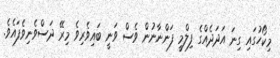
މިކޯހުގައި ގިނަ އަދަދެއްގެ ފިލްމީ ފަންނާނުން ވެސް ވަނީ ބައިވެރިވެ މިރޭ ދަސްވެނިވެފައެވެ.